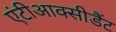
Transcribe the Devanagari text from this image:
एंटीआक्सीडैंट